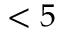
< 5